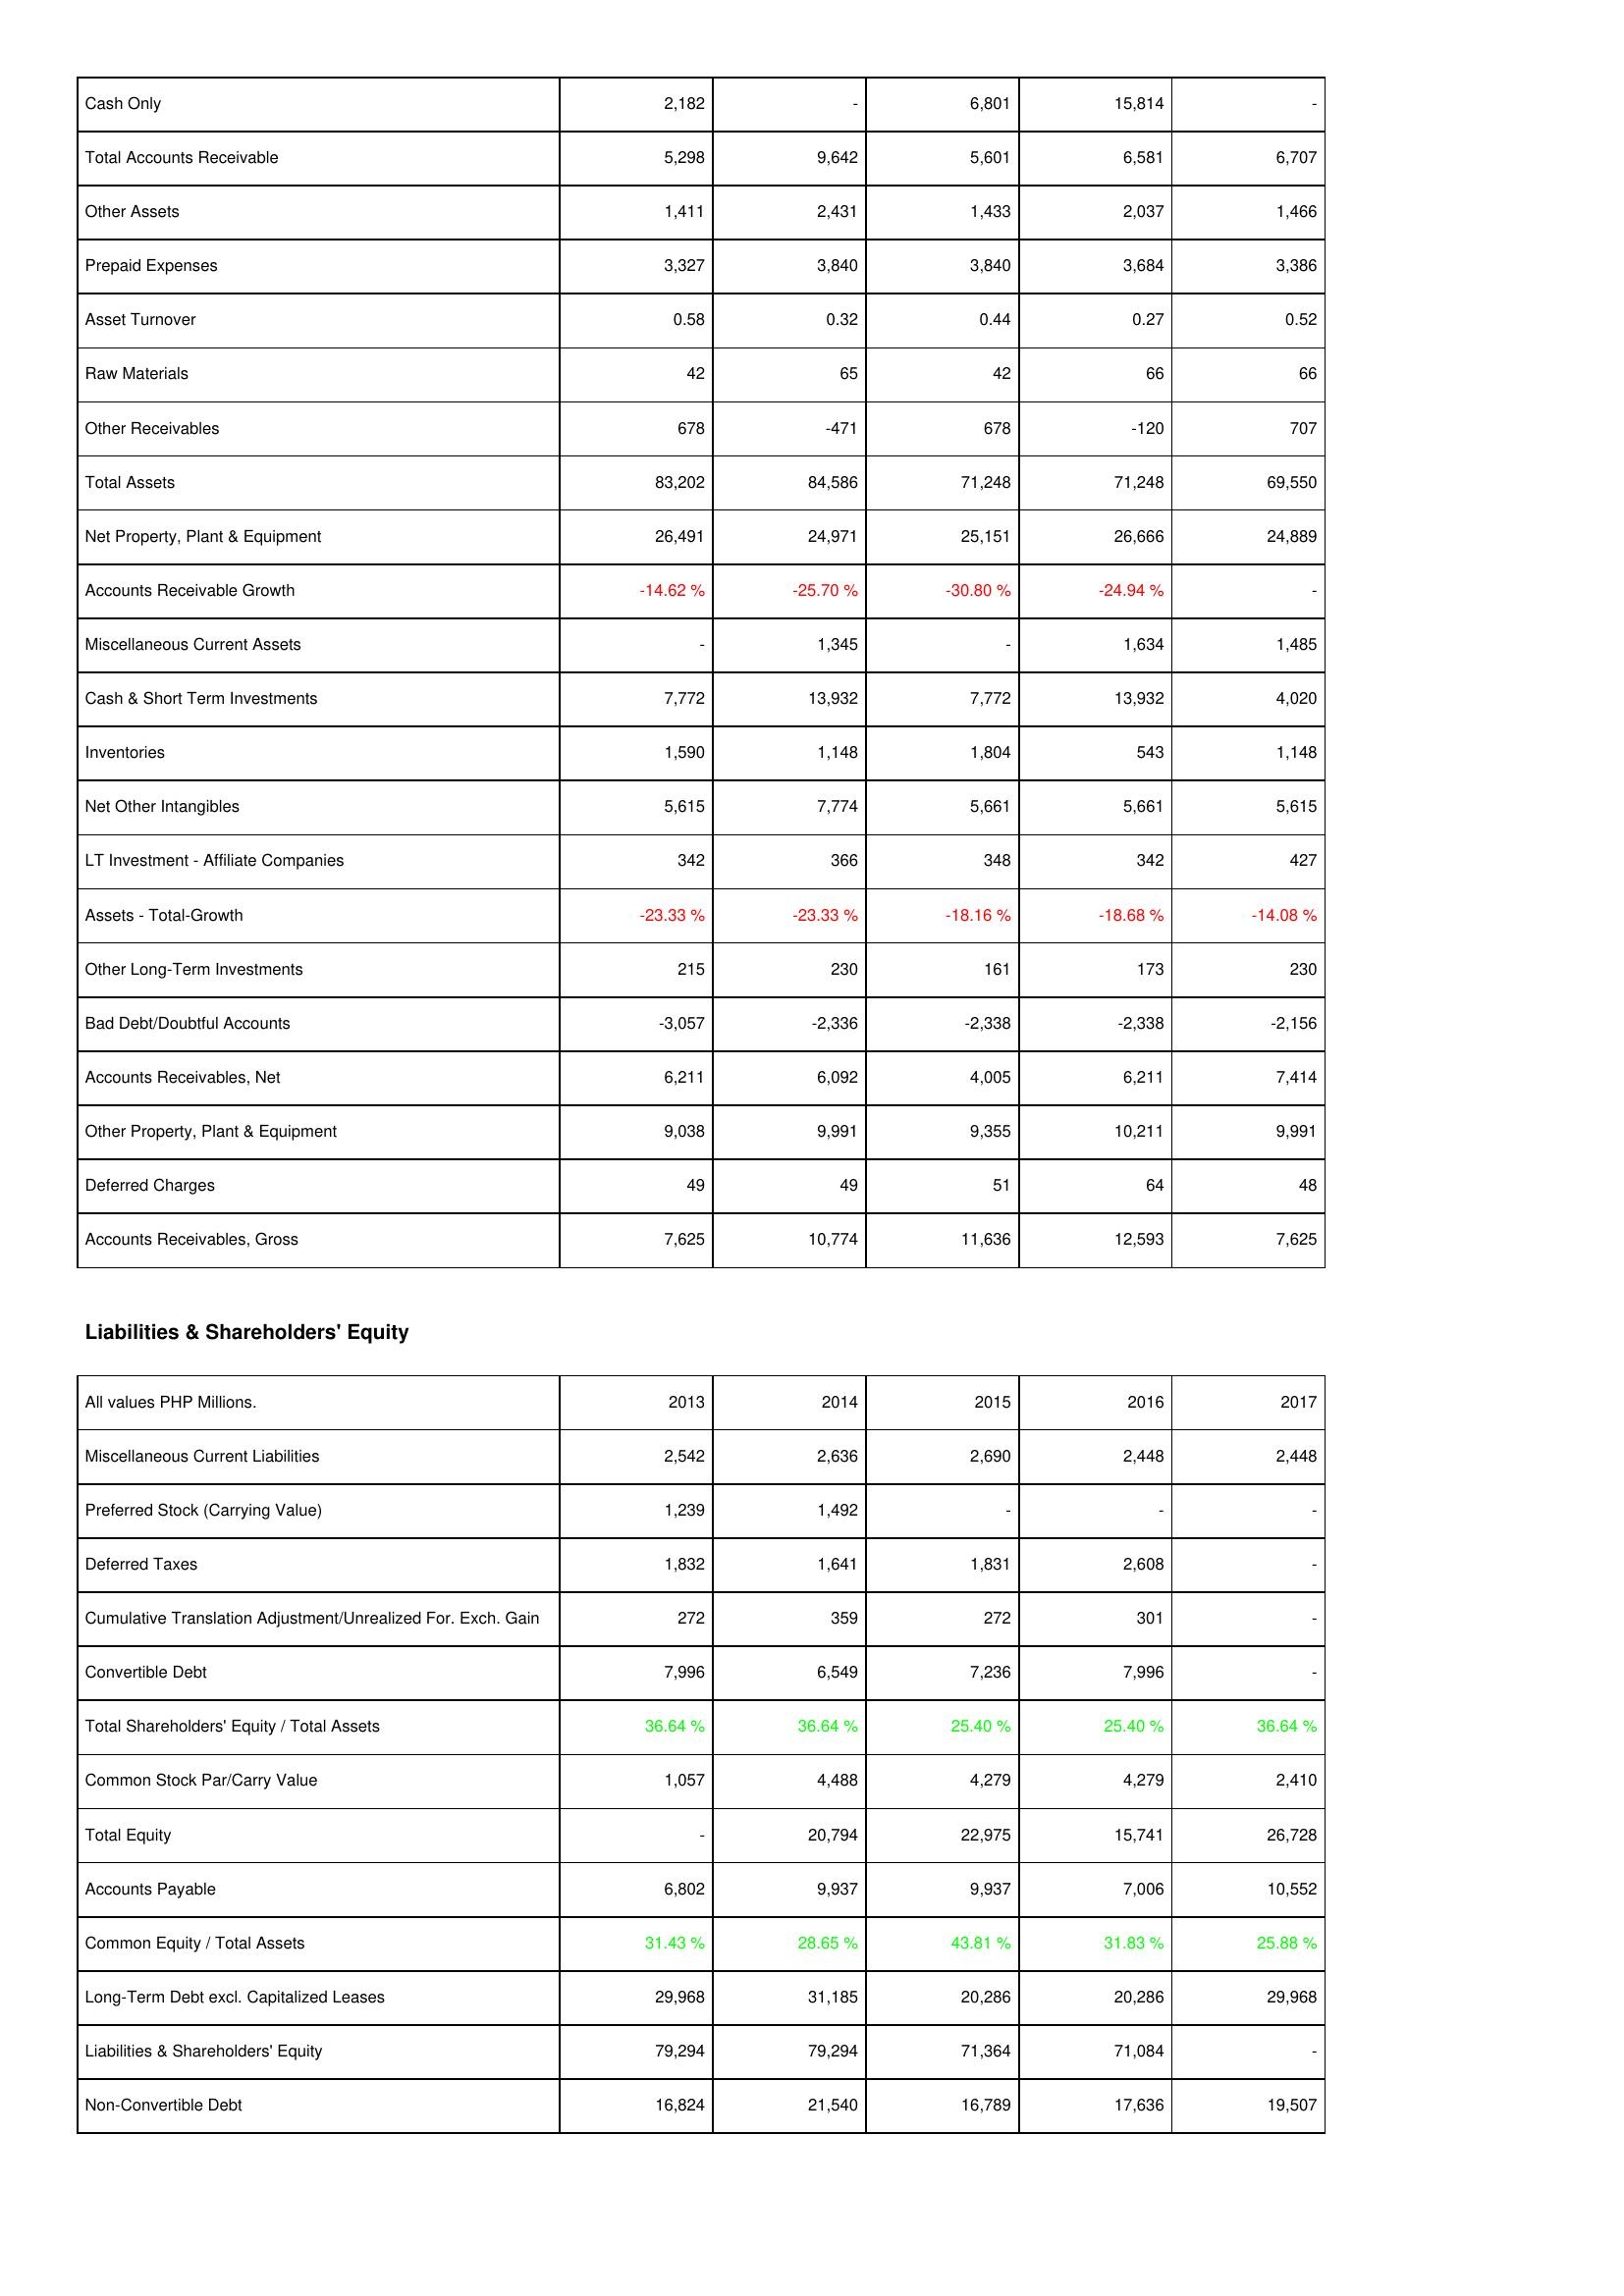
2013: Assets: Cash Only: 2,182
Total Accounts Receivable: 5,298
Other Assets: 1,411
Prepaid Expenses: 3,327
Asset Turnover: 0.58
Raw Materials: 42
Other Receivables: 678
Total Assets: 83,202
Net Property, Plant & Equipment: 26,491
Accounts Receivable Growth: -14.62 %
Miscellaneous Current Assets: -
Cash & Short Term Investments: 7,772
Inventories: 1,590
Net Other Intangibles: 5,615
LT Investment - Affiliate Companies: 342
Assets - Total-Growth: -23.33 %
Other Long-Term Investments: 215
Bad Debt/Doubtful Accounts: -3,057
Accounts Receivables, Net: 6,211
Other Property, Plant & Equipment: 9,038
Deferred Charges: 49
Accounts Receivables, Gross: 7,625
Liabilities & Shareholders' Equity: Miscellaneous Current Liabilities: 2,542
Preferred Stock (Carrying Value): 1,239
Deferred Taxes: 1,832
Cumulative Translation Adjustment/Unrealized For. Exch. Gain: 272
Convertible Debt: 7,996
Total Shareholders' Equity / Total Assets: 36.64 %
Common Stock Par/Carry Value: 1,057
Total Equity: -
Accounts Payable: 6,802
Common Equity / Total Assets: 31.43 %
Long-Term Debt excl. Capitalized Leases: 29,968
Liabilities & Shareholders' Equity: 79,294
Non-Convertible Debt: 16,824
2014: Assets: Cash Only: -
Total Accounts Receivable: 9,642
Other Assets: 2,431
Prepaid Expenses: 3,840
Asset Turnover: 0.32
Raw Materials: 65
Other Receivables: -471
Total Assets: 84,586
Net Property, Plant & Equipment: 24,971
Accounts Receivable Growth: -25.70 %
Miscellaneous Current Assets: 1,345
Cash & Short Term Investments: 13,932
Inventories: 1,148
Net Other Intangibles: 7,774
LT Investment - Affiliate Companies: 366
Assets - Total-Growth: -23.33 %
Other Long-Term Investments: 230
Bad Debt/Doubtful Accounts: -2,336
Accounts Receivables, Net: 6,092
Other Property, Plant & Equipment: 9,991
Deferred Charges: 49
Accounts Receivables, Gross: 10,774
Liabilities & Shareholders' Equity: Miscellaneous Current Liabilities: 2,636
Preferred Stock (Carrying Value): 1,492
Deferred Taxes: 1,641
Cumulative Translation Adjustment/Unrealized For. Exch. Gain: 359
Convertible Debt: 6,549
Total Shareholders' Equity / Total Assets: 36.64 %
Common Stock Par/Carry Value: 4,488
Total Equity: 20,794
Accounts Payable: 9,937
Common Equity / Total Assets: 28.65 %
Long-Term Debt excl. Capitalized Leases: 31,185
Liabilities & Shareholders' Equity: 79,294
Non-Convertible Debt: 21,540
2015: Assets: Cash Only: 6,801
Total Accounts Receivable: 5,601
Other Assets: 1,433
Prepaid Expenses: 3,840
Asset Turnover: 0.44
Raw Materials: 42
Other Receivables: 678
Total Assets: 71,248
Net Property, Plant & Equipment: 25,151
Accounts Receivable Growth: -30.80 %
Miscellaneous Current Assets: -
Cash & Short Term Investments: 7,772
Inventories: 1,804
Net Other Intangibles: 5,661
LT Investment - Affiliate Companies: 348
Assets - Total-Growth: -18.16 %
Other Long-Term Investments: 161
Bad Debt/Doubtful Accounts: -2,338
Accounts Receivables, Net: 4,005
Other Property, Plant & Equipment: 9,355
Deferred Charges: 51
Accounts Receivables, Gross: 11,636
Liabilities & Shareholders' Equity: Miscellaneous Current Liabilities: 2,690
Preferred Stock (Carrying Value): -
Deferred Taxes: 1,831
Cumulative Translation Adjustment/Unrealized For. Exch. Gain: 272
Convertible Debt: 7,236
Total Shareholders' Equity / Total Assets: 25.40 %
Common Stock Par/Carry Value: 4,279
Total Equity: 22,975
Accounts Payable: 9,937
Common Equity / Total Assets: 43.81 %
Long-Term Debt excl. Capitalized Leases: 20,286
Liabilities & Shareholders' Equity: 71,364
Non-Convertible Debt: 16,789
2016: Assets: Cash Only: 15,814
Total Accounts Receivable: 6,581
Other Assets: 2,037
Prepaid Expenses: 3,684
Asset Turnover: 0.27
Raw Materials: 66
Other Receivables: -120
Total Assets: 71,248
Net Property, Plant & Equipment: 26,666
Accounts Receivable Growth: -24.94 %
Miscellaneous Current Assets: 1,634
Cash & Short Term Investments: 13,932
Inventories: 543
Net Other Intangibles: 5,661
LT Investment - Affiliate Companies: 342
Assets - Total-Growth: -18.68 %
Other Long-Term Investments: 173
Bad Debt/Doubtful Accounts: -2,338
Accounts Receivables, Net: 6,211
Other Property, Plant & Equipment: 10,211
Deferred Charges: 64
Accounts Receivables, Gross: 12,593
Liabilities & Shareholders' Equity: Miscellaneous Current Liabilities: 2,448
Preferred Stock (Carrying Value): -
Deferred Taxes: 2,608
Cumulative Translation Adjustment/Unrealized For. Exch. Gain: 301
Convertible Debt: 7,996
Total Shareholders' Equity / Total Assets: 25.40 %
Common Stock Par/Carry Value: 4,279
Total Equity: 15,741
Accounts Payable: 7,006
Common Equity / Total Assets: 31.83 %
Long-Term Debt excl. Capitalized Leases: 20,286
Liabilities & Shareholders' Equity: 71,084
Non-Convertible Debt: 17,636
2017: Assets: Cash Only: -
Total Accounts Receivable: 6,707
Other Assets: 1,466
Prepaid Expenses: 3,386
Asset Turnover: 0.52
Raw Materials: 66
Other Receivables: 707
Total Assets: 69,550
Net Property, Plant & Equipment: 24,889
Accounts Receivable Growth: -
Miscellaneous Current Assets: 1,485
Cash & Short Term Investments: 4,020
Inventories: 1,148
Net Other Intangibles: 5,615
LT Investment - Affiliate Companies: 427
Assets - Total-Growth: -14.08 %
Other Long-Term Investments: 230
Bad Debt/Doubtful Accounts: -2,156
Accounts Receivables, Net: 7,414
Other Property, Plant & Equipment: 9,991
Deferred Charges: 48
Accounts Receivables, Gross: 7,625
Liabilities & Shareholders' Equity: Miscellaneous Current Liabilities: 2,448
Preferred Stock (Carrying Value): -
Deferred Taxes: -
Cumulative Translation Adjustment/Unrealized For. Exch. Gain: -
Convertible Debt: -
Total Shareholders' Equity / Total Assets: 36.64 %
Common Stock Par/Carry Value: 2,410
Total Equity: 26,728
Accounts Payable: 10,552
Common Equity / Total Assets: 25.88 %
Long-Term Debt excl. Capitalized Leases: 29,968
Liabilities & Shareholders' Equity: -
Non-Convertible Debt: 19,507